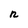
Character: n